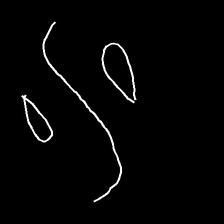
Glyph: water